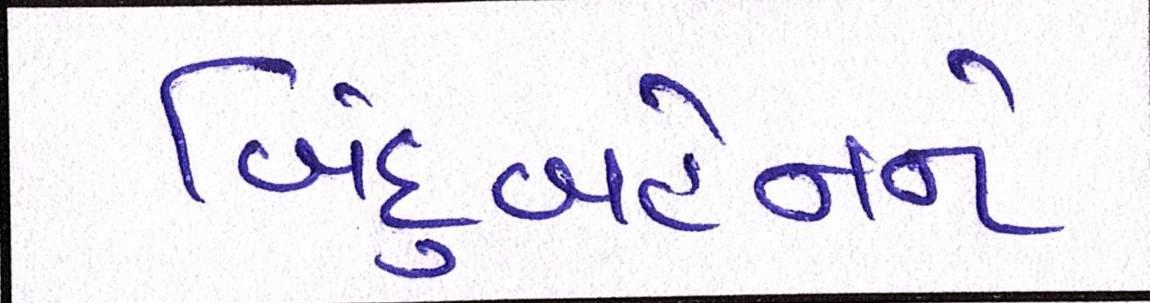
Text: બિંદુબહેનને